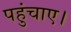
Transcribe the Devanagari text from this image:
पहुंचाए।